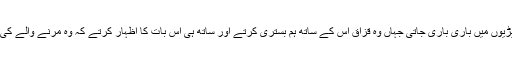
یہ لونڈی وہاں موجود قزاقوں کی جھونپڑیوں میں باری باری جاتی جہاں وہ قزاق اس کے ساتھ ہم بستری کرتے اور ساتھ ہی اس بات کا اظہار کرتے کہ وہ مرنے والے کی محبت میں یہ فعل انجام دے رہے ہیں۔